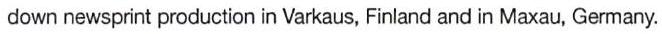
down newsprint production in Varkaus, Finland and in Maxau, Germany.